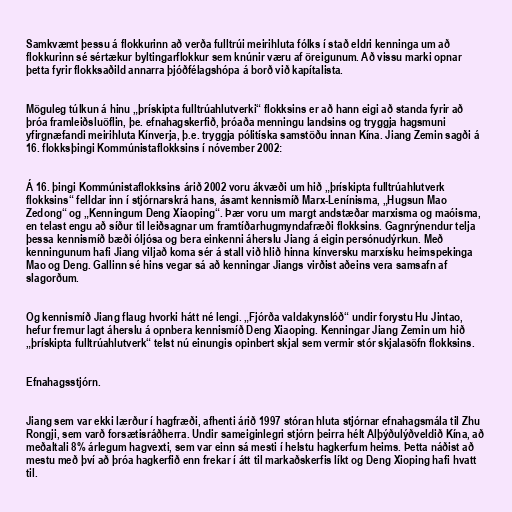
Samkvæmt þessu á flokkurinn að verða fulltrúi meirihluta fólks í stað eldri kenninga um að
flokkurinn sé sértækur byltingarflokkur sem knúnir væru af öreigunum. Að vissu marki opnar
þetta fyrir flokksaðild annarra þjóðfélagshópa á borð við kapítalista.

Möguleg túlkun á hinu „þrískipta fulltrúahlutverki“ flokksins er að hann eigi að standa fyrir að
þróa framleiðsluöflin, þe. efnahagskerfið, þróaða menningu landsins og tryggja hagsmuni
yfirgnæfandi meirihluta Kínverja, þ.e. tryggja pólitíska samstöðu innan Kína. Jiang Zemin sagði á
16. flokksþingi Kommúnistaflokksins í nóvember 2002:

Á 16. þingi Kommúnistaflokksins árið 2002 voru ákvæði um hið „þrískipta fulltrúahlutverk
flokksins“ felldar inn í stjórnarskrá hans, ásamt kennismíð Marx-Lenínisma, „Hugsun Mao
Zedong“ og „Kenningum Deng Xiaoping“. Þær voru um margt andstæðar marxisma og maóisma,
en telast engu að síður til leiðsagnar um framtíðarhugmyndafræði flokksins. Gagnrýnendur telja
þessa kennismíð bæði óljósa og bera einkenni áherslu Jiang á eigin persónudýrkun. Með
kenningunum hafi Jiang viljað koma sér á stall við hlið hinna kínversku marxísku heimspekinga
Mao og Deng. Gallinn sé hins vegar sá að kenningar Jiangs virðist aðeins vera samsafn af
slagorðum.

Og kennismíð Jiang flaug hvorki hátt né lengi. „Fjórða valdakynslóð“ undir forystu Hu Jintao,
hefur fremur lagt áherslu á opnbera kennismíð Deng Xiaoping. Kenningar Jiang Zemin um hið
„þrískipta fulltrúahlutverk“ telst nú einungis opinbert skjal sem vermir stór skjalasöfn flokksins.

Efnahagsstjórn.

Jiang sem var ekki lærður í hagfræði, afhenti árið 1997 stóran hluta stjórnar efnahagsmála til Zhu
Rongji, sem varð forsætisráðherra. Undir sameiginlegri stjórn þeirra hélt Alþýðulýðveldið Kína, að
meðaltali 8% árlegum hagvexti, sem var einn sá mesti í helstu hagkerfum heims. Þetta náðist að
mestu með því að þróa hagkerfið enn frekar í átt til markaðskerfis líkt og Deng Xioping hafi hvatt
til.